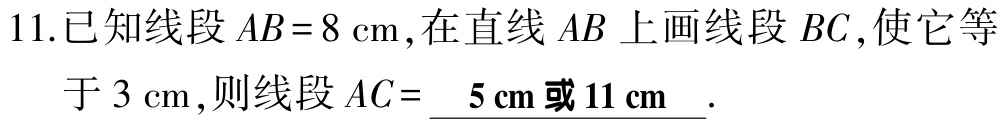
11.已知线段\(AB = 8\mathrm{cm}\)，在直线\(AB\)上画线段\(BC\)，使它等

于\(3\mathrm{cm}\)，则线段\(AC = \underline{ 5\mathrm{cm}或11\mathrm{cm} }\).